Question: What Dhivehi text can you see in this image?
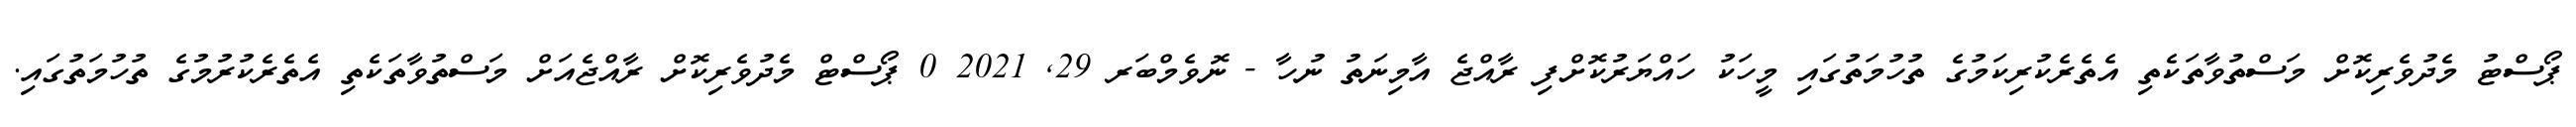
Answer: ޕޯސްޓު މެދުވެރިކޮށް މަސްތުވާތަކެތި އެތެރެކުރިކަމުގެ ތުހުމަތުގައި މީހަކު ހައްޔަރުކޮށްފި ރާއްޖެ އާމިނަތު ނުހާ - ނޮވެމްބަރ 29, 2021 0 ޕޯސްޓް މެދުވެރިކޮށް ރާއްޖެއަށް މަސްތުވާތަކެތި އެތެރެކުރުމުގެ ތުހުމަތުގައި.